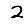
Digit: 2